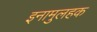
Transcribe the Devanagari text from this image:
इनामुलहक